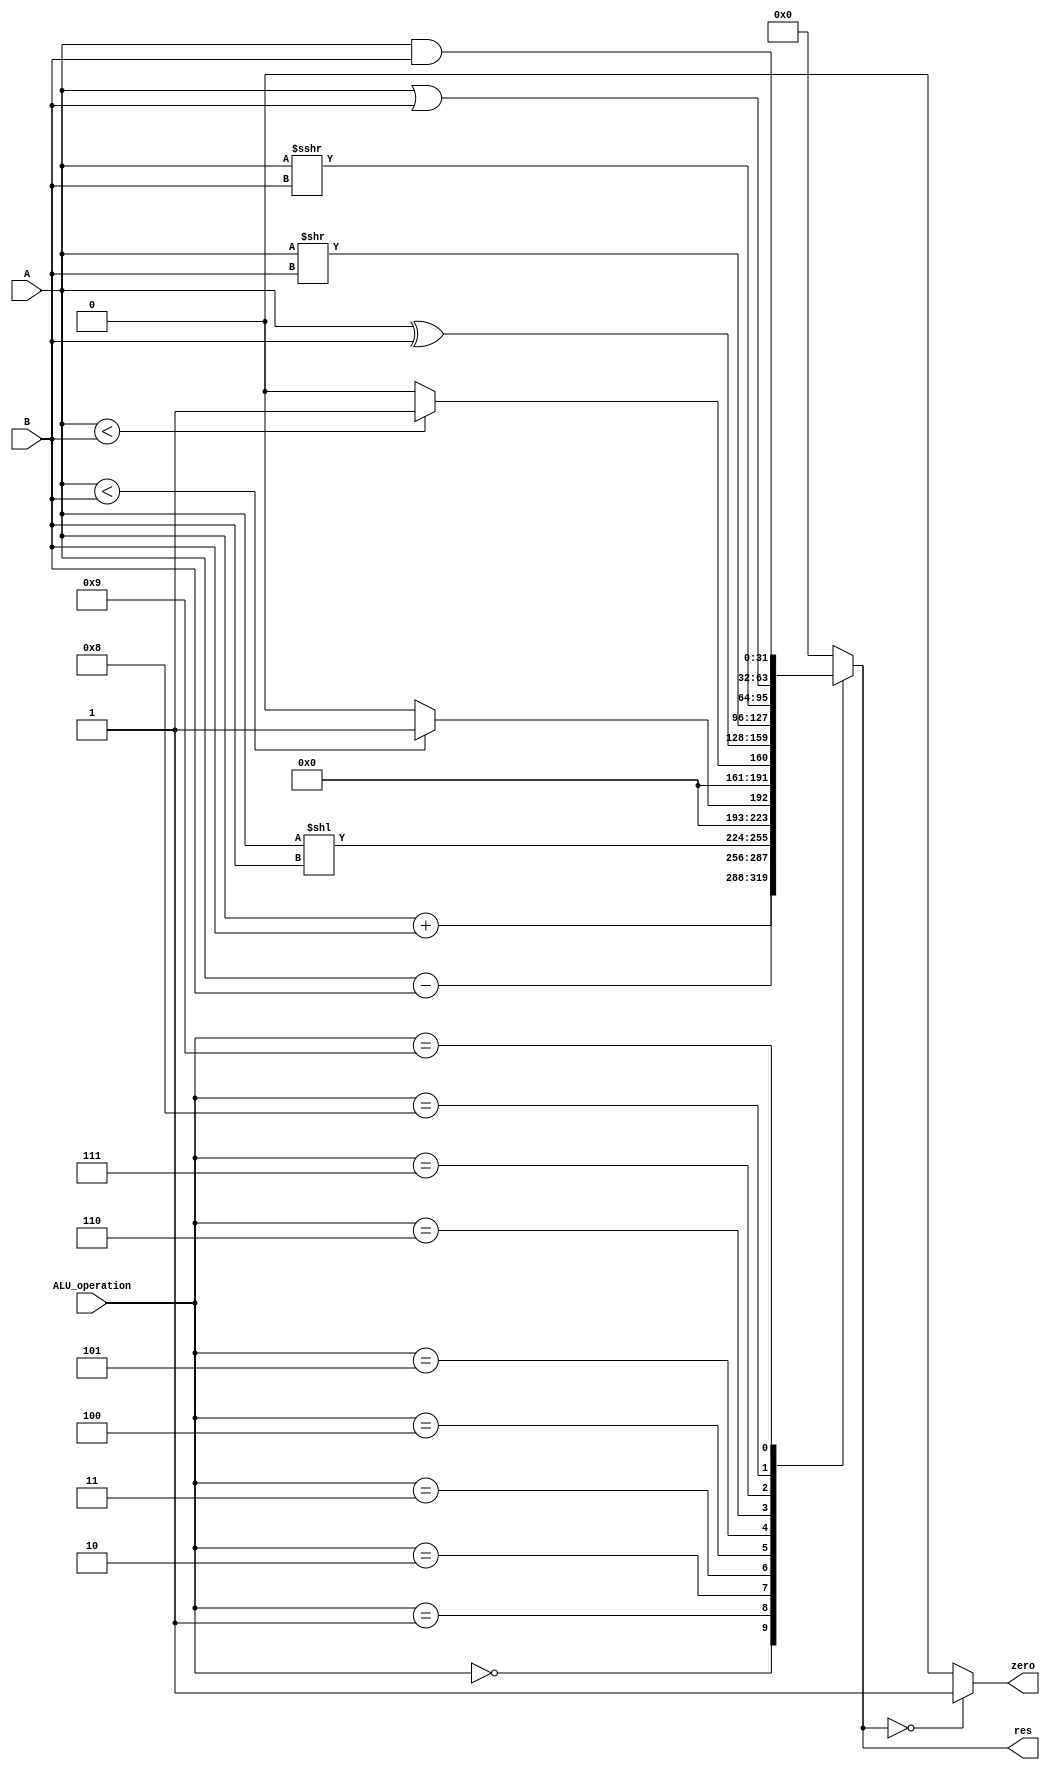
`timescale 1ns / 1ps
module ALU (
  input [31:0]  A,
  input [31:0]  B,
  input [3:0]   ALU_operation,
  output[31:0]  res,
  output        zero
);//
reg [31:0] res0;
reg zero0;

always @(*) begin
    case (ALU_operation)//
        4'd0: res0 = A+B;//
        4'd1: res0 = A-B;//
        4'd2: res0 = A<<B;//
        4'd3: res0 = ($signed(A)<$signed(B))?1:0;//
        4'd4: res0 = ($unsigned(A)<$unsigned(B))?1:0;//
        4'd5: res0 = A^B;//
        4'd6: res0 = A>>B;//
        4'd7: res0 = $signed(A)>>>B;//
        4'd8: res0 = A|B;//
        4'd9: res0 = A&B;//
        default: res0 = 0; 
    endcase
    if (res0 == 0)//0
        zero0 = 1;
    else zero0 = 0;
end
assign res = res0;
assign zero =zero0;
endmodule